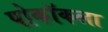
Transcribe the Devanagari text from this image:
पोकॉकला